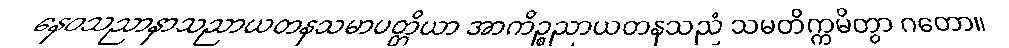
နေဝသညာနာသညာယတနသမာပတ္တိယာ အာကိဉ္စညာယတနသညံ သမတိက္ကမိတွာ ဂတော။